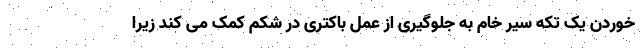
خوردن یک تکه سیر خام به جلوگیری از عمل باکتری در شکم کمک می کند زیرا